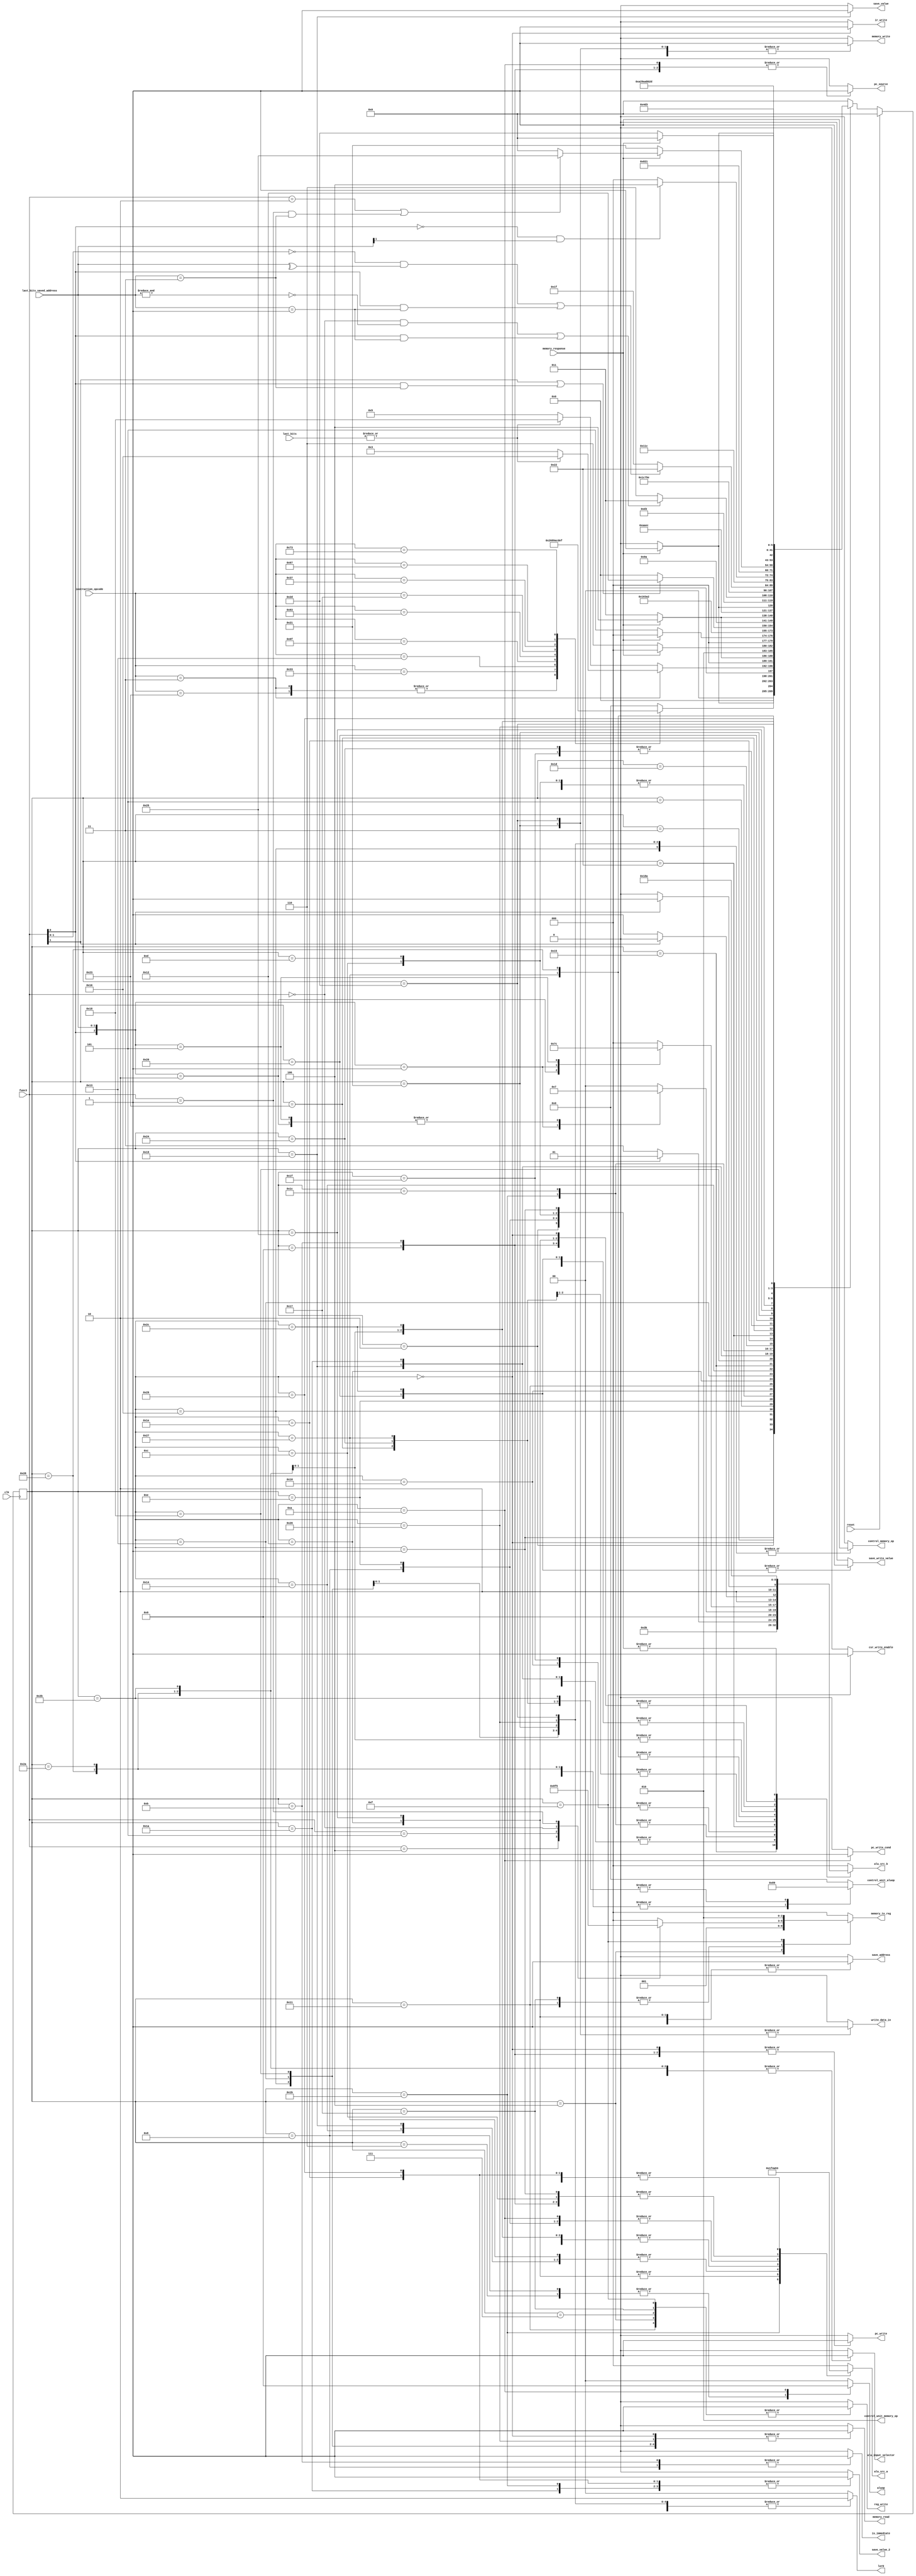
// This program was cloned from: https://github.com/JN513/Risco-5
// License: CERN Open Hardware Licence Version 2 - Permissive

module Control_Unit (
    input wire clk,
    input wire reset,
    input wire memory_response,
    input wire [1:0] last_bits,
    input wire [1:0] last_bits_saved_address,
    input wire [2:0] func3,
    input wire [6:0] instruction_opcode,
    output reg pc_write,
    output reg ir_write,
    output reg pc_source,
    output reg reg_write,
    output reg memory_read,
    output reg is_immediate,
    output reg memory_write,
    output reg pc_write_cond,
    output reg csr_write_enable,
    output reg alu_input_selector,
    output reg save_address,
    output reg save_value,
    output reg save_value_2,
    output reg save_write_value,
    output reg control_memory_op,
    output reg write_data_in,
    output reg [1:0] lorD,
    output reg [1:0] aluop,
    output reg [2:0] alu_src_a,
    output reg [2:0] alu_src_b,
    output reg [2:0] memory_to_reg,
    output reg [2:0] control_unit_memory_op,
    output reg [3:0] control_unit_aluop
);

// machine states
localparam FETCH              = 6'b000000;
localparam DECODE             = 6'b000001;
localparam MEMADR             = 6'b000010;
localparam MEMREAD            = 6'b000011;
localparam MEMWB              = 6'b000100;
localparam MEMWRITE           = 6'b000101;
localparam EXECUTER           = 6'b000110;
localparam ALUWB              = 6'b000111;
localparam EXECUTEI           = 6'b001000;
localparam JAL                = 6'b001001;
localparam BEQ                = 6'b001010;
localparam JALR               = 6'b001011;
localparam AUIPC              = 6'b001100;
localparam LUI                = 6'b001101;
localparam JALR_PC            = 6'b001110;
localparam EXECUTECSR         = 6'b001111;
localparam LOAD_FIRST_BLOCK   = 6'b010000;
localparam SAVE_FIRST_BLOCK   = 6'b010001;
localparam CALC_NEXT_ADDRESS  = 6'b010010;
localparam READ_SECOND_BLOCK  = 6'b010011;
localparam LOAD_SECOND_BLOCK  = 6'b010100;
localparam MERGE_BLOCKS       = 6'b010101;
localparam MEMREAD_UNALIGNED  = 6'b010110;
localparam FILTER_ALU_WB      = 6'b010111;
localparam MEMWRITE_UNALIGNED = 6'b011000;
localparam GEN_FIRST_BLOCK_PART_1 = 6'b011001;
localparam GEN_FIRST_BLOCK_PART_2 = 6'b011010;
localparam GEN_SECOND_BLOCK_PART_1 = 6'b011011;
localparam GEN_SECOND_BLOCK_PART_2 = 6'b011100;
localparam MERGE_WRITE_BLOCKS = 6'b011101;
localparam SWAP_VALUE_DIRECTION = 6'b011110;
localparam CLEAR_VALUE = 6'b011111;
localparam MERGE_WRITE_VALUE_1 = 6'b100000;
localparam WRITE_VALUE_1 = 6'b100001;
localparam CLEAR_VALUE_HALF_BYTE_ONE_BLOCK = 6'b100010;
localparam CLEAR_VALUE_HALF_BYTE_ONE_BLOCK_2 = 6'b100011;
localparam CLEAR_VALUE_HALF_BYTE_ONE_BLOCK_3 = 6'b100100;
localparam CALC_SECOND_BLOCK_ADDRESS_TO_WRITE = 6'b100101;
localparam READ_SECOND_BLOCK_TO_WRITE = 6'b100110;
localparam LOAD_SECOND_BLOCK_TO_WRITE = 6'b100111;
localparam LOAD_SECOND_BLOCK_TO_WRITE_2 = 6'b101000;
localparam SWAP_VALUE_DIRECTION_2 = 6'b101001;
localparam CLEAR_VALUE_PART_2 = 6'b101010;
localparam CLEAR_VALUE_PART_2_1 = 6'b101011;
localparam MERGE_WRITE_VALUE_2 = 6'b101100;
localparam WRITE_VALUE_2 = 6'b101101;

// Instruction Opcodes
localparam LW     = 7'b0000011;
localparam SW     = 7'b0100011;
localparam RTYPE  = 7'b0110011;
localparam ITYPE  = 7'b0010011;
localparam JALI   = 7'b1101111;
localparam BEQI   = 7'b1100011;
localparam JALRI  = 7'b1100111;
localparam AUIPCI = 7'b0010111;
localparam LUII   = 7'b0110111;
localparam CSR    = 7'b1110011;

wire unaligned;
wire [2:0] second_block_write_src_b;
reg [2:0] wb_filter, clear_hal_byte_one_block_option, 
    clear_hal_byte_one_block_option_2;
reg [5:0] state, nextstate;

assign unaligned = |last_bits;
assign second_block_write_src_b = (func3[0] == 1) ? 3'b101 : 3'b111 ;

initial begin
    state = 6'b000000;
    nextstate = 6'b000000;
    pc_write_cond = 1'b0;
    pc_write = 1'b0;
    lorD = 2'b00;
    memory_read = 1'b0;
    memory_write = 1'b0;
    memory_to_reg = 3'b000;
    ir_write = 1'b0;
    pc_source = 1'b0;
    aluop = 2'b00;
    alu_src_b = 3'b000;
    alu_src_a = 3'b000;
    reg_write = 1'b0;
    is_immediate = 1'b0;
    csr_write_enable = 1'b0;
    alu_input_selector = 1'b0;
    control_unit_aluop = 4'h0;
    save_address = 1'b0;
    control_unit_memory_op = 3'b010;
    control_memory_op = 1'b0;
    save_value = 1'b0;
    save_value_2 = 1'b0;
    write_data_in = 1'b0;
    clear_hal_byte_one_block_option = 1'b0;
    clear_hal_byte_one_block_option_2 = 1'b0;
    save_write_value = 1'b0;
end

always @(posedge clk ) begin
    if(reset) begin
        state <= FETCH;
    end else begin
        state <= nextstate;
    end
end

always @(*) begin
    nextstate = FETCH;
    case (state)
        FETCH: begin
            if(memory_response) begin
                nextstate = DECODE;
            end else begin
                nextstate = FETCH;
            end
        end
        DECODE: begin
            case (instruction_opcode)
                LW: nextstate = MEMADR;
                SW: nextstate = MEMADR;
                RTYPE: nextstate = EXECUTER;
                ITYPE: nextstate = EXECUTEI;
                JALI: nextstate = JAL;
                BEQI: nextstate = BEQ;
                AUIPCI: nextstate = AUIPC;
                LUII: nextstate = LUI;
                JALRI: nextstate = JALR_PC;
                CSR: nextstate = EXECUTECSR;
            endcase
        end
        MEMADR: begin
            if(instruction_opcode == LW)
                if(unaligned == 1'b1) begin
                    nextstate = MEMREAD_UNALIGNED;
                end else begin
                    nextstate = MEMREAD;
                end
            else
                if(unaligned == 1'b1) begin
                    nextstate = MEMWRITE_UNALIGNED;
                end else begin
                    nextstate = MEMWRITE;
                end
        end
        MEMREAD: begin
            if(memory_response)
                nextstate = MEMWB;
            else
                nextstate = MEMREAD;
        end
        MEMREAD_UNALIGNED: begin
            if(memory_response) begin
                nextstate = LOAD_FIRST_BLOCK;
            end else begin
                nextstate = MEMREAD_UNALIGNED;
            end
        end
        MEMWB: nextstate = FETCH;
        MEMWRITE: begin
            if(memory_response)
                nextstate = FETCH;
            else
                nextstate = MEMWRITE;
        end
        EXECUTER: nextstate = ALUWB;
        ALUWB: nextstate = FETCH;
        EXECUTEI: nextstate = ALUWB;
        JAL: nextstate = ALUWB;
        BEQ: nextstate = FETCH;
        JALR_PC: nextstate = JALR;
        JALR: nextstate = ALUWB;
        AUIPC: nextstate = ALUWB;
        LUI: nextstate = ALUWB;
        EXECUTECSR: nextstate = FETCH;
        LOAD_FIRST_BLOCK: nextstate = SAVE_FIRST_BLOCK;
        SAVE_FIRST_BLOCK: begin
            if(func3[1] == 1'b1 || (func3[0] == 1'b1 && last_bits_saved_address == 2'b11)) begin
                nextstate = CALC_NEXT_ADDRESS;
            end else begin
                nextstate = FETCH;
            end
        end
        FILTER_ALU_WB: nextstate = FETCH;
        CALC_NEXT_ADDRESS: nextstate = READ_SECOND_BLOCK;
        READ_SECOND_BLOCK: begin
            if(memory_response) begin
                nextstate = LOAD_SECOND_BLOCK;
            end else begin
                nextstate = READ_SECOND_BLOCK;
            end
        end
        LOAD_SECOND_BLOCK: nextstate = MERGE_BLOCKS;
        MERGE_BLOCKS: nextstate = FILTER_ALU_WB;
        MEMWRITE_UNALIGNED: begin
            if(memory_response) begin
                nextstate = GEN_FIRST_BLOCK_PART_1;
            end else begin
                nextstate = MEMWRITE_UNALIGNED;
            end
        end
        GEN_FIRST_BLOCK_PART_1: nextstate = GEN_FIRST_BLOCK_PART_2;
        GEN_FIRST_BLOCK_PART_2: begin
            if((func3 == 3'b000 && ~(&last_bits_saved_address)) || 
            (func3[0] == 1'b1 & last_bits_saved_address == 2'b01)) begin
                nextstate = GEN_SECOND_BLOCK_PART_1;
            end else begin
                nextstate = SWAP_VALUE_DIRECTION;
            end
        end
        GEN_SECOND_BLOCK_PART_1: nextstate = GEN_SECOND_BLOCK_PART_2;
        GEN_SECOND_BLOCK_PART_2: nextstate = MERGE_WRITE_BLOCKS;
        MERGE_WRITE_BLOCKS: nextstate = SWAP_VALUE_DIRECTION;
        SWAP_VALUE_DIRECTION: begin
            if((func3[1:0] == 2'b00 && ^last_bits_saved_address) ||
                (func3[0] == 1'b1 && last_bits_saved_address == 2'b01)
            )begin
                nextstate = CLEAR_VALUE_HALF_BYTE_ONE_BLOCK;
            end else begin
                nextstate = CLEAR_VALUE;
            end
        end
        CLEAR_VALUE: nextstate = MERGE_WRITE_VALUE_1;
        CLEAR_VALUE_HALF_BYTE_ONE_BLOCK: nextstate = CLEAR_VALUE_HALF_BYTE_ONE_BLOCK_2;
        CLEAR_VALUE_HALF_BYTE_ONE_BLOCK_2: begin
            if(func3[0] == 1'b0 && last_bits_saved_address[1] == 1'b1) begin
                nextstate = CLEAR_VALUE_HALF_BYTE_ONE_BLOCK_3;
            end else begin
                nextstate = MERGE_WRITE_VALUE_1;
            end
        end
        CLEAR_VALUE_HALF_BYTE_ONE_BLOCK_3: nextstate = MERGE_WRITE_VALUE_1;
        MERGE_WRITE_VALUE_1: nextstate = WRITE_VALUE_1;
        WRITE_VALUE_1: begin
            if(memory_response) begin
                if(func3 == 3'b010 || (func3 == 3'b001 && last_bits_saved_address == 2'b11)) begin
                    nextstate = CALC_SECOND_BLOCK_ADDRESS_TO_WRITE;
                end else begin
                    nextstate = FETCH;
                end
            end else begin
                nextstate = WRITE_VALUE_1;
            end
        end
        CALC_SECOND_BLOCK_ADDRESS_TO_WRITE: nextstate = READ_SECOND_BLOCK_TO_WRITE;
        READ_SECOND_BLOCK_TO_WRITE: begin
            if(memory_response) begin
                nextstate = LOAD_SECOND_BLOCK_TO_WRITE;
            end else begin
                nextstate = READ_SECOND_BLOCK_TO_WRITE;
            end
        end
        LOAD_SECOND_BLOCK_TO_WRITE: nextstate = LOAD_SECOND_BLOCK_TO_WRITE_2;
        LOAD_SECOND_BLOCK_TO_WRITE_2: nextstate = SWAP_VALUE_DIRECTION_2;
        SWAP_VALUE_DIRECTION_2: nextstate = CLEAR_VALUE_PART_2;
        CLEAR_VALUE_PART_2: nextstate = CLEAR_VALUE_PART_2_1;
        CLEAR_VALUE_PART_2_1: nextstate = MERGE_WRITE_VALUE_2;
        MERGE_WRITE_VALUE_2: nextstate = WRITE_VALUE_2;
        WRITE_VALUE_2: begin
            if(memory_response) begin
                nextstate = FETCH;
            end else begin
                nextstate = WRITE_VALUE_2;
            end
        end
        default: nextstate = FETCH;
    endcase
end

always @(*) begin
    pc_write_cond       <= 1'b0;
    pc_write            <= 1'b0;
    ir_write            <= 1'b0;
    lorD                <= 2'b00;
    memory_read         <= 1'b0;
    memory_write        <= 1'b0;
    memory_to_reg       <= 3'b000;
    pc_source           <= 1'b0;
    aluop               <= 2'b00;
    alu_src_b           <= 3'b000;
    alu_src_a           <= 3'b000;
    reg_write           <= 1'b0;
    is_immediate        <= 1'b0;
    csr_write_enable    <= 1'b0;
    alu_input_selector  <= 1'b0;
    control_unit_aluop  <= 4'h0;
    save_address        <= 1'b0;
    control_unit_memory_op <= 3'b010;
    control_memory_op <= 1'b0;
    save_value <= 1'b0;
    save_value_2 <= 1'b0;
    write_data_in <= 1'b0;
    save_write_value <= 1'b0;

    case (state)
        FETCH: begin
            memory_read <= 1'b1;
            alu_src_b   <= 3'b001;
            ir_write    <= 1'b1;
            pc_write    <= 1'b1;
        end

        DECODE: begin
            alu_src_a <= 3'b010;
            alu_src_b <= 3'b010;
        end

        MEMADR: begin
            alu_src_a <= 3'b001;
            alu_src_b <= 3'b010;
            save_address <= 1'b1;
        end
        
        MEMREAD: begin
            memory_read <= 1'b1;
            lorD        <= 2'b10;
        end

        MEMREAD_UNALIGNED: begin
            control_memory_op <= 1'b1;
            memory_read       <= 1'b1;
            lorD              <= 2'b10;
        end

        MEMWB: begin
            reg_write     <= 1'b1;
            memory_to_reg <= 3'b001;
        end

        LOAD_FIRST_BLOCK: begin
            alu_src_a          <= 3'b100;
            alu_src_b          <= 3'b100;
            control_unit_aluop <= 4'b1001;
            alu_input_selector <= 1'b1;
        end

        SAVE_FIRST_BLOCK: begin
            reg_write     <= 1'b1;
            memory_to_reg <= wb_filter;
        end

        CALC_NEXT_ADDRESS: begin
            save_address <= 1'b1;
            alu_src_a <= 3'b110;
            alu_src_b <= 3'b001;
        end

        READ_SECOND_BLOCK: begin
            memory_read <= 1'b1;
            lorD        <= 2'b10;
            control_memory_op <= 1'b1;
        end

        LOAD_SECOND_BLOCK: begin
            alu_src_a          <= 3'b100;
            alu_src_b          <= 3'b101;
            control_unit_aluop <= 4'b1000;
            alu_input_selector <= 1'b1;
        end

        MERGE_BLOCKS: begin
            alu_src_a          <= 3'b101;
            alu_src_b          <= 3'b011;
        end

        MEMWRITE: begin
            memory_write <= 1'b1;
            lorD         <= 2'b10;
        end

        MEMWRITE_UNALIGNED: begin
            control_memory_op <= 1'b1;
            memory_read       <= 1'b1;
            lorD              <= 2'b10;
        end

        GEN_FIRST_BLOCK_PART_1: begin
            alu_src_a          <= 3'b100;
            alu_src_b          <= 3'b101;
            control_unit_aluop <= 4'b1000;
            alu_input_selector <= 1'b1;
            save_value        <= 1'b1;
        end

        GEN_FIRST_BLOCK_PART_2: begin
            save_value_2 <= 1'b1;
            alu_src_a          <= 3'b101;
            alu_src_b          <= 3'b101;
            control_unit_aluop <= 4'b1001;
            alu_input_selector <= 1'b1;
        end

        GEN_SECOND_BLOCK_PART_1: begin
            save_value_2 <= 1'b1;
            alu_src_a <= 3'b111;
            alu_src_b <= second_block_write_src_b;
            control_unit_aluop <= 4'b1001;
            alu_input_selector <= 1'b1;
        end

        GEN_SECOND_BLOCK_PART_2: begin
            alu_src_a <= 3'b101;
            alu_src_b <= second_block_write_src_b;
            control_unit_aluop <= 4'b1000;
            alu_input_selector <= 1'b1;
        end

        MERGE_WRITE_BLOCKS: begin
            alu_src_a <= 3'b101;
            alu_src_b <= 3'b110;
        end

        SWAP_VALUE_DIRECTION: begin
            save_value_2 <= 1'b1;
            alu_src_a <= 3'b011;
            alu_src_b <= 3'b000;
        end

        CLEAR_VALUE: begin
            alu_src_a <= 3'b101;
            alu_src_b <= 3'b100;
            control_unit_aluop <= 4'b1000;
            alu_input_selector <= 1'b1;
        end

        CLEAR_VALUE_HALF_BYTE_ONE_BLOCK: begin
            alu_src_a <= 3'b101;
            alu_src_b <= clear_hal_byte_one_block_option;
            control_unit_aluop <= 4'b1000;
            alu_input_selector <= 1'b1;
        end

        CLEAR_VALUE_HALF_BYTE_ONE_BLOCK_2: begin
            alu_src_a <= 3'b101;
            alu_src_b <= clear_hal_byte_one_block_option_2;
            control_unit_aluop <= 4'b1001;
            alu_input_selector <= 1'b1;
        end

        CLEAR_VALUE_HALF_BYTE_ONE_BLOCK_3: begin
            alu_src_a <= 3'b101;
            alu_src_b <= clear_hal_byte_one_block_option_2;
            control_unit_aluop <= 4'b1001;
            alu_input_selector <= 1'b1;
        end

        MERGE_WRITE_VALUE_1: begin
            alu_src_a <= 3'b101;
            alu_src_b <= 3'b110;
            save_write_value <= 1'b1;
        end

        WRITE_VALUE_1: begin
            memory_write  <= 1'b1;
            lorD          <= 2'b10;
            write_data_in <= 1'b1;
            control_memory_op <= 1'b1;
        end

        CALC_SECOND_BLOCK_ADDRESS_TO_WRITE: begin
            alu_src_a <= 3'b110;
            alu_src_b <= 3'b001;
            save_address <= 1'b1;
        end

        READ_SECOND_BLOCK_TO_WRITE: begin
            memory_read <= 1'b1;
            lorD        <= 2'b10;
            control_memory_op <= 1'b1;
        end

        LOAD_SECOND_BLOCK_TO_WRITE: begin
            alu_src_a          <= 3'b100;
            alu_src_b          <= (func3[1] == 1'b1) ? 3'b100 : 101;
            control_unit_aluop <= 4'b1001;
            alu_input_selector <= 1'b1;
        end

        LOAD_SECOND_BLOCK_TO_WRITE_2: begin
            alu_src_a          <= 3'b101;
            alu_src_b          <= (func3[1] == 1'b1) ? 3'b100 : 101;
            control_unit_aluop <= 4'b1000;
            alu_input_selector <= 1'b1;
        end

        SWAP_VALUE_DIRECTION_2: begin
            save_value_2 <= 1'b1;
            alu_src_a <= 3'b011;
            alu_src_b <= 3'b000;
        end

        CLEAR_VALUE_PART_2: begin
            alu_src_a          <= 3'b101;
            alu_src_b          <= (func3[1] == 1'b1) ? 3'b101 : 100;
            control_unit_aluop <= 4'b1000;
            alu_input_selector <= 1'b1;
        end

        CLEAR_VALUE_PART_2_1: begin
            alu_src_a          <= 3'b101;
            alu_src_b          <= (func3[1] == 1'b1) ? 3'b101 : 100;
            control_unit_aluop <= 4'b1001;
            alu_input_selector <= 1'b1;
        end

        MERGE_WRITE_VALUE_2: begin
            save_write_value <= 1'b1;
            alu_src_a <= 3'b101;
            alu_src_b <= 3'b110;
        end

        WRITE_VALUE_2: begin
            memory_write  <= 1'b1;
            lorD          <= 2'b10;
            write_data_in <= 1'b1;
            control_memory_op <= 1'b1;
        end

        EXECUTER: begin
            alu_src_a <= 3'b001;
            aluop     <= 2'b10;
        end

        ALUWB: begin
            reg_write <= 1'b1;
        end

        FILTER_ALU_WB: begin
            reg_write <= 1'b1;
            memory_to_reg <= wb_filter;
        end

        EXECUTEI: begin
            alu_src_a   <= 3'b001;
            alu_src_b   <= 3'b010;
            aluop        <= 2'b10;
            is_immediate <= 1'b1;
        end

        JAL: begin
            alu_src_a <= 3'b010;
            alu_src_b <= 3'b001; // 01
            pc_write  <= 1'b1;
            pc_source <= 1'b1;
        end

        BEQ: begin
            alu_src_a     <= 3'b001;
            aluop         <= 2'b01;
            pc_write_cond <= 1'b1;
            pc_source     <= 1'b1;
        end

        JALR_PC: begin // Ciclo intermediario para calcular o endereo a ser gravado no PC
            alu_src_a <= 3'b001;
            alu_src_b <= 3'b010;
        end

        JALR: begin
            alu_src_a    <= 3'b010;
            alu_src_b    <= 3'b001; // 01
            pc_write     <= 1'b1;
            pc_source    <= 1'b1;
            is_immediate <= 1'b1;
        end

        AUIPC: begin
            alu_src_a <= 3'b010;
            alu_src_b <= 3'b010;
        end

        LUI: begin
            alu_src_a <= 3'b011;
            alu_src_b <= 3'b010;
        end

        EXECUTECSR: begin
            reg_write        <= 1'b1;
            memory_to_reg    <= 3'b010;
            csr_write_enable <= 1'b1;
        end
    endcase
end

always @(*) begin
    case (func3)
        3'b100: wb_filter <= 3'b100;
        3'b101: wb_filter <= 3'b011;
        3'b000: wb_filter <= 3'b110;
        3'b001: wb_filter <= 3'b101;
        default: wb_filter <= 3'b000;
    endcase
end

always @(*) begin
    case ({func3[0], last_bits_saved_address})
        3'b010: begin
            clear_hal_byte_one_block_option <= 3'b111;
            clear_hal_byte_one_block_option_2 <= 3'b001;
        end
        3'b001: begin
            clear_hal_byte_one_block_option <= 3'b101;
            clear_hal_byte_one_block_option_2 <= 3'b111;
        end 
        3'b101: begin
            clear_hal_byte_one_block_option <= 3'b111;
            clear_hal_byte_one_block_option_2 <= 3'b100;
        end
        default: begin
            clear_hal_byte_one_block_option <= 3'b100;
            clear_hal_byte_one_block_option_2 <= 3'b000;
        end 
    endcase
end
    
endmodule